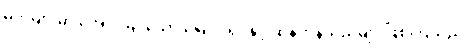
မိဘများမှာ အောင်မြင်သော မြေပိုင်ရှင်နှင့် ဆန်ကုန်သည်များဖြစ်ကြသည်။